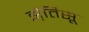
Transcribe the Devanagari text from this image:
झ़ेतिसू